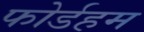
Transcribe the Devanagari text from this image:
फोर्डहम